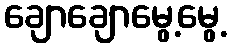
ချောချောမွေ့မွေ့